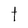
Character: t